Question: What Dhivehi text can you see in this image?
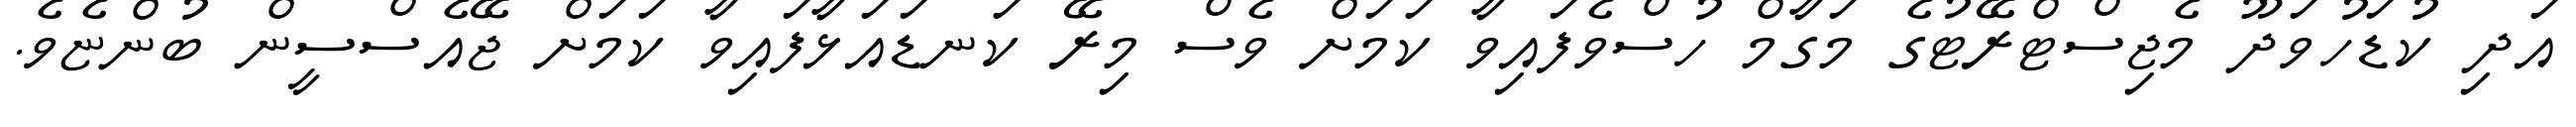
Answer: އަދި ކުޑަހުވަދޫ މެޖިސްޓްރޭޓުގެ މަގާމް ހުސްވެފައިވާ ކަމަށް ވެސް މިރޭ ކަނޑައަޅާފައިވާ ކަމަށް ޖޭއެސްސީން ބުންޏެވެ.